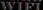
WIFI